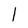
Character: 1